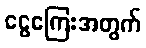
ငွေကြေးအတွက်